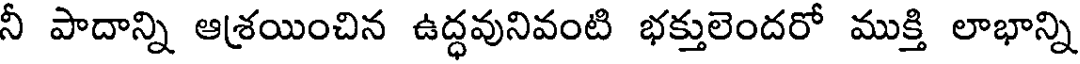
నీ పాదాన్ని ఆ(శయించిన ఉద్ధవునివంటి భక్తులెందరో ముక్తి లాభాన్ని